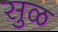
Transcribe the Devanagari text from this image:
सुळ